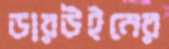
ডারউইনের